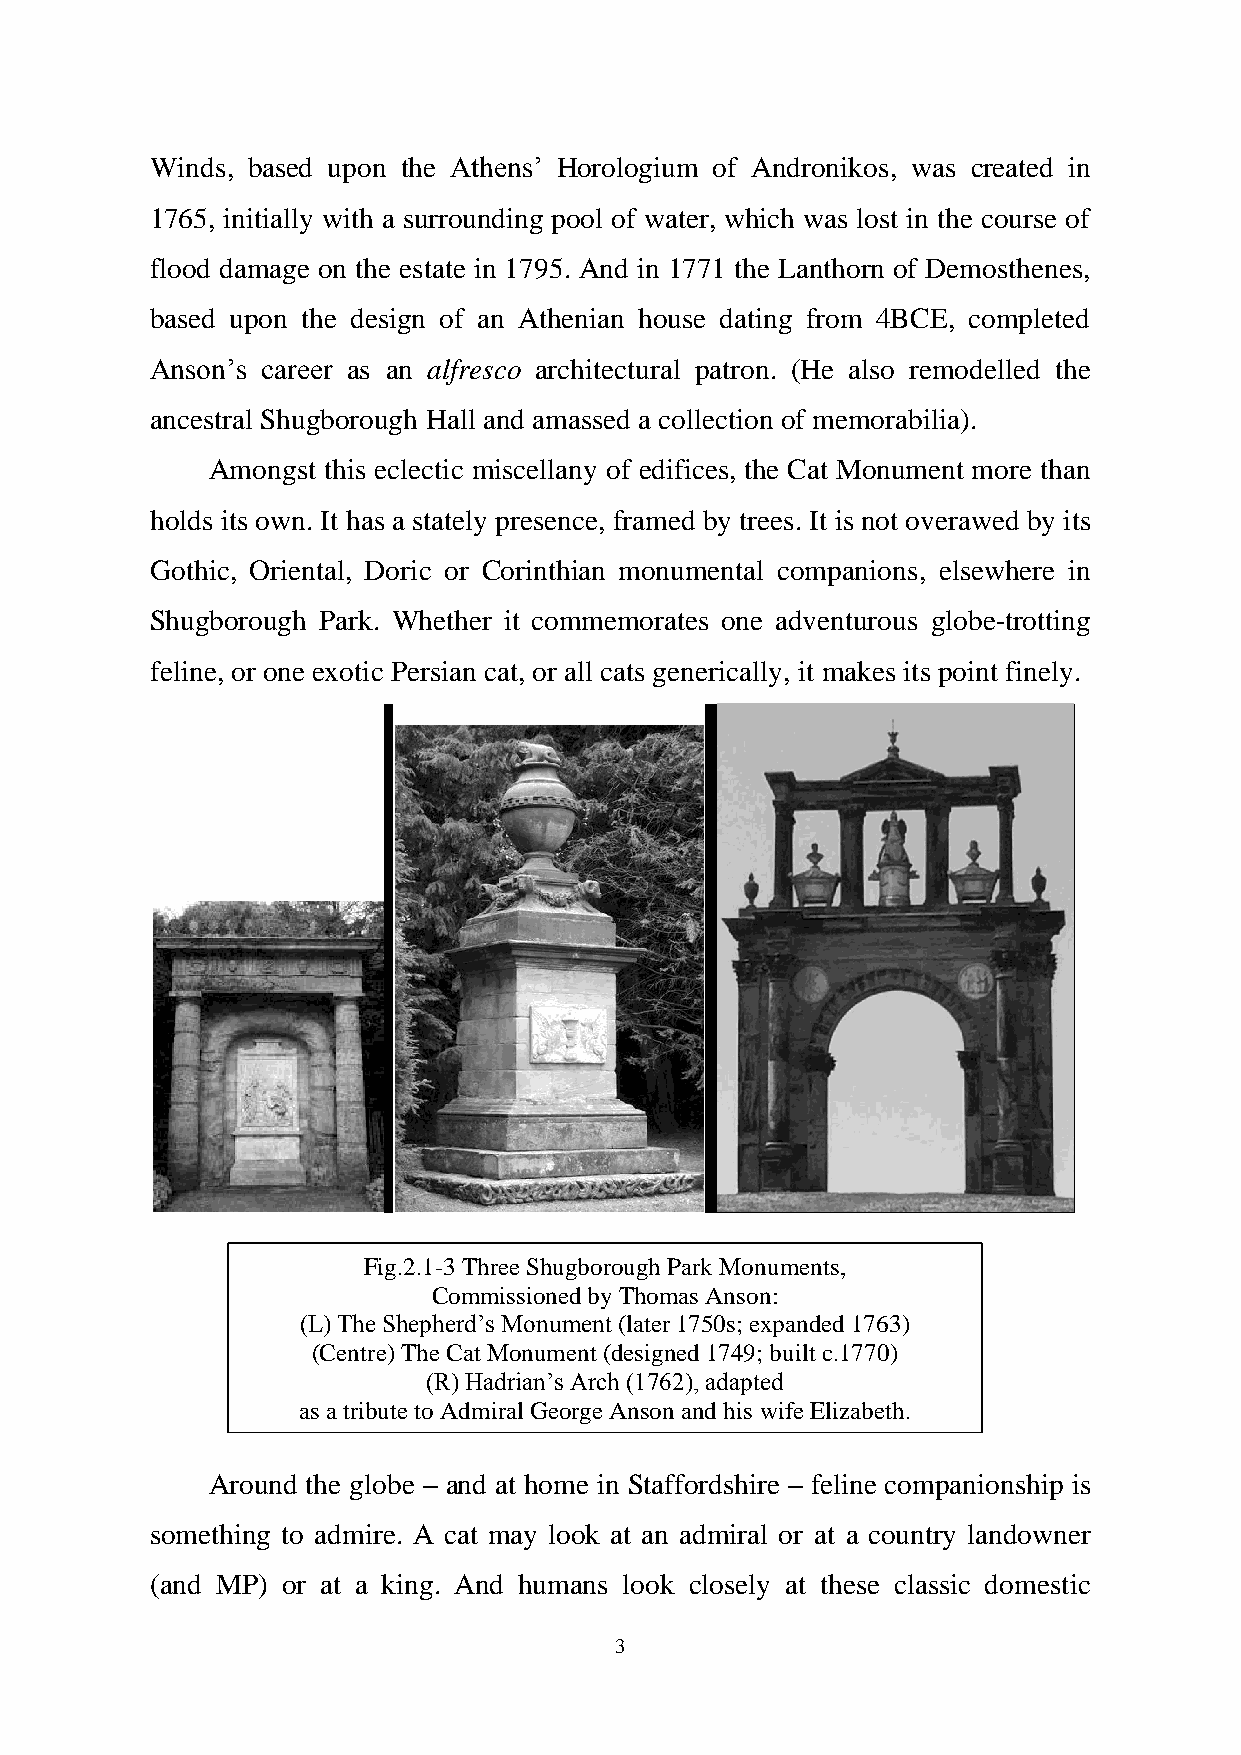
Winds, based upon the Athens’ Horologium of Andronikos, was created in
 1765, initially with a surrounding pool of water, which was lost in the course of
 flood damage on the estate in 1795. And in 1771 the Lanthorn of Demosthenes,
 based upon the design of an Athenian house dating from 4BCE, completed
 Anson’s career as an alfresco architectural patron. (He also remodelled the
 ancestral Shugborough Hall and amassed a collection of memorabilia).
 Amongst this eclectic miscellany of edifices, the Cat Monument more than
 holds its own. It has a stately presence, framed by trees. It is not overawed by its
 Gothic, Oriental, Doric or Corinthian monumental companions, elsewhere in
 Shugborough Park. Whether it commemorates one adventurous globe-trotting
 feline, or one exotic Persian cat, or all cats generically, it makes its point finely.
 Fig.2.1-3 Three Shugborough Park Monuments,
 Commissioned by Thomas Anson:
 (L) The Shepherd’s Monument (later 1750s; expanded 1763)
 (Centre) The Cat Monument (designed 1749; built c.1770)
 (R) Hadrian’s Arch (1762), adapted
 as a tribute to Admiral George Anson and his wife Elizabeth.
 Around the globe – and at home in Staffordshire – feline companionship is
 something to admire. A cat may look at an admiral or at a country landowner
 (and MP) or at a king. And humans look closely at these classic domestic
 3